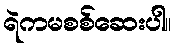
ရဲကမစစ်ဆေးပါ။